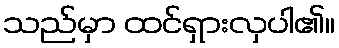
သည်မှာ ထင်ရှားလှပါ၏။